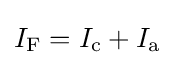
I_{\rm {F}}=I_{\rm {c}}+I_{\rm {a}}